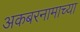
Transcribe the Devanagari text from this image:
अकबरनामाच्या